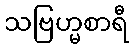
သဗြဟ္မစာရီ